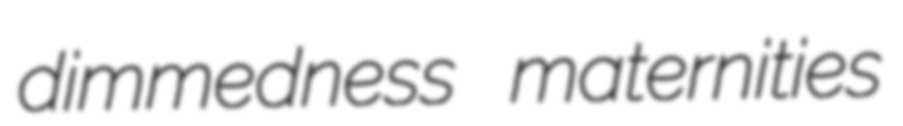
dimmedness maternities